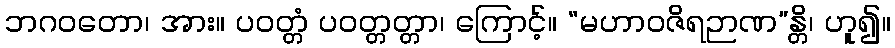
ဘဂဝတော၊ အား။ ပဝတ္တံ ပဝတ္တတ္တာ၊ ကြောင့်။ “မဟာဝဇိရဉာဏ”န္တိ၊ ဟူ၍။